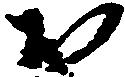
お